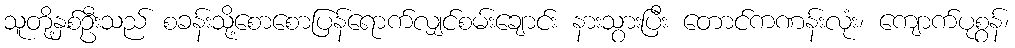
သူတို့နှစ်ဦးသည် စခန်းသို့စောစောပြန်ရောက်လျှင်စမ်းချောင်း နားသွားပြီး တောင်ကဏန်းလုံး၊ ကျောက်ပုစွန်၊